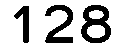
128